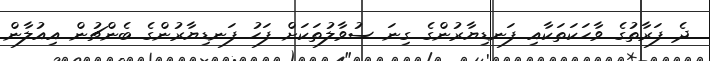
ދެ ފަރާތުގެ ވާހަކަތަކާއި ފަނޑިޔާރުންގެ ގިނަ ސުވާލުތަކަށް ފަހު ފަނޑިޔާރުންގެ ބެންޗުން އިއުލާން